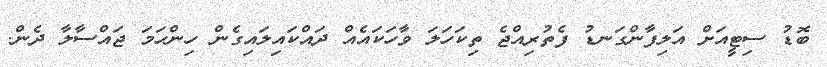
ބޮޑު ސިޓީއަށް އަލިފާންގަނޑު ފެތުރިއްޖެ ތިކަހަލަ ވާހަކައެއް ދައްކައިލައިގެން ހިންހަމަ ޖައްސާލާ ދެން.